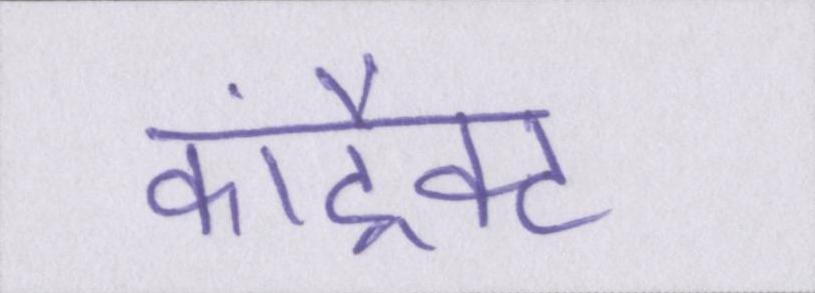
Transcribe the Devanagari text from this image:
कांट्रैक्ट